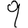
Digit: 9